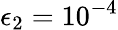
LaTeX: \epsilon_{2}=10^{-4}